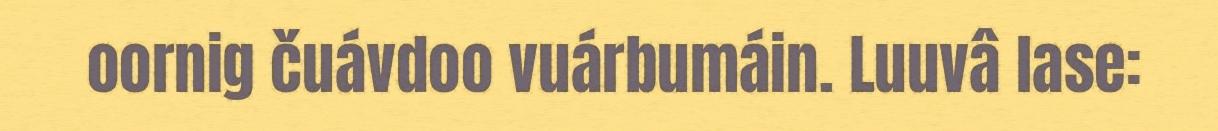
oornig čuávdoo vuárbumáin. Luuvâ lase: